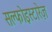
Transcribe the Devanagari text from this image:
सल्फोइस्टारेज़